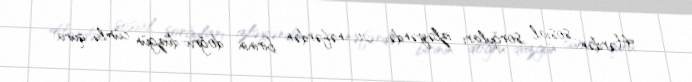
Hərdən sosial sorğuları izləyəndə, 20 nəfərdən birinin doğru-düzgün cümlə qura